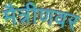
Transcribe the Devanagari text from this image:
मैत्रीणवर